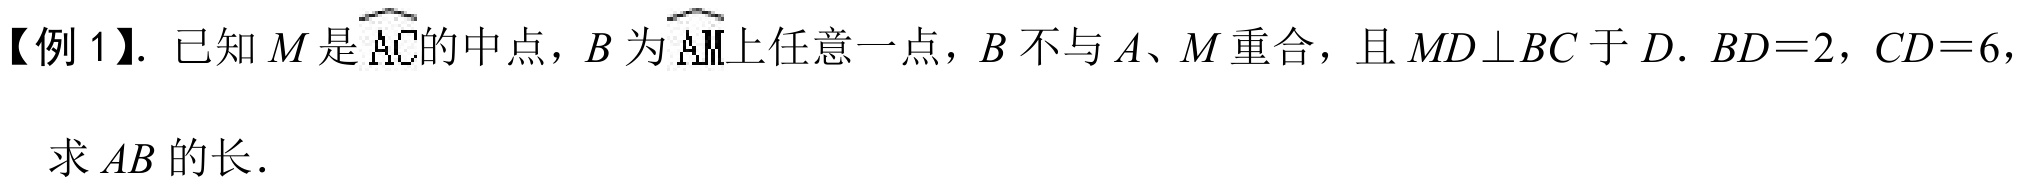
【例 1】. 已知 \(M\) 是 \(\overset{\frown}{AC}\) 的中点，\(B\) 为 \(\overset{\frown}{AM}\)上任意一点，\(B\) 不与 \(A\)、\(M\) 重合，且 \(MD\perp BC\) 于 \(D\). \(BD = 2\)，\(CD = 6\)，
求 \(AB\) 的长.